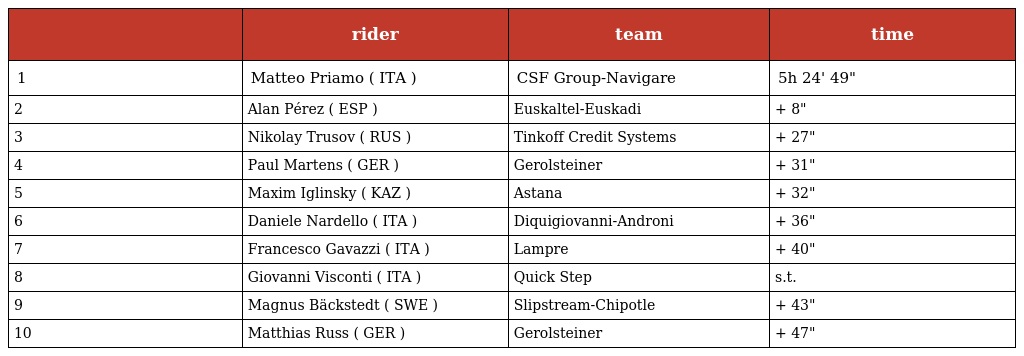
|  | rider | team | time |
 | --- | --- | --- | --- |
 | 1 | Matteo Priamo ( ITA ) | CSF Group-Navigare | 5h 24' 49" |
 | 2 | Alan Pérez ( ESP ) | Euskaltel-Euskadi | + 8" |
 | 3 | Nikolay Trusov ( RUS ) | Tinkoff Credit Systems | + 27" |
 | 4 | Paul Martens ( GER ) | Gerolsteiner | + 31" |
 | 5 | Maxim Iglinsky ( KAZ ) | Astana | + 32" |
 | 6 | Daniele Nardello ( ITA ) | Diquigiovanni-Androni | + 36" |
 | 7 | Francesco Gavazzi ( ITA ) | Lampre | + 40" |
 | 8 | Giovanni Visconti ( ITA ) | Quick Step | s.t. |
 | 9 | Magnus Bäckstedt ( SWE ) | Slipstream-Chipotle | + 43" |
 | 10 | Matthias Russ ( GER ) | Gerolsteiner | + 47" |